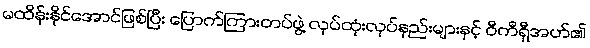
မထိန်းနိုင်အောင်ဖြစ်ပြီး ပြောက်ကြားတပ်ဖွဲ့ လုပ်ထုံးလုပ်နည်းများနှင့် ဝီကီရှီအဟ်၏